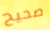
صحيح